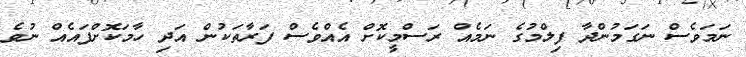
ނަމަވެސް ނަގަމުންދާ ފިލްމުގެ ނަމެއް ރަސްމީކޮށް އެއްވެސް ފަރާތަކުން އަދި ހާމަކޮށްފައެއް ނުވެ